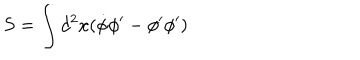
S = \int d ^ { 2 } x ( \dot { \phi } \phi ^ { \prime } - \phi ^ { \prime } \phi ^ { \prime } )